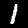
Label: 1